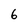
Character: 6